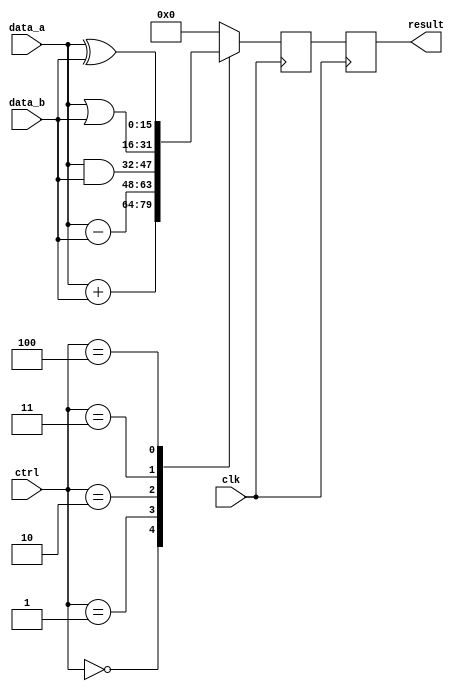
module alu_16bit (
    input [15:0] data_a,
    input [15:0] data_b,
    input [2:0] ctrl,
    input clk,
    output reg [15:0] result
);

reg [15:0] temp_result;

always @(posedge clk) begin
    case(ctrl)
        3'b000: temp_result <= data_a + data_b; // Addition
        3'b001: temp_result <= data_a - data_b; // Subtraction
        3'b010: temp_result <= data_a & data_b; // AND
        3'b011: temp_result <= data_a | data_b; // OR
        3'b100: temp_result <= data_a ^ data_b; // XOR
        default: temp_result <= 16'b0; // Default to 0
    endcase
end

always @(posedge clk) begin
    result <= temp_result;
end

endmodule